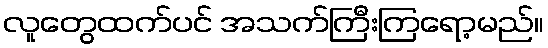
လူတွေထက်ပင် အသက်ကြီးကြရော့မည်။